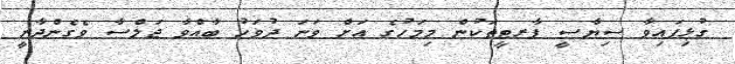
ގުޅިފައިވާ ސިޔާސީ ޕާރޓީތަކުން މިމަހުގެ އަށް ވަނަ ދުވަހު ބާއްވާ ޖަލްސާ ވެގެންދާނީ